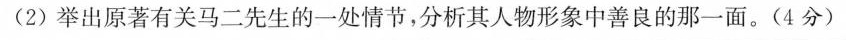
(2)举出原著有关马二先生的一处情节，分析其人物形象中善良的那一面。(4分)